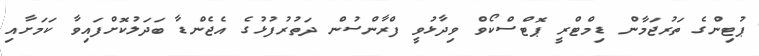
ޕުޓިންގެ ތަރުޖަމާން ޑިމްޓްރީ ޕޮޓްސްކޯވް ވިދާޅުވީ ފްރާންސުން ދަތުރުފުޅުގެ އެޖެންޑާ ބަދަލުކޮށްފައިވާ ކަމަށާއި